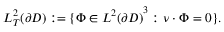
\begin{array} { r } { L _ { T } ^ { 2 } ( \partial D ) : = \{ \Phi \in { L ^ { 2 } ( \partial D ) } ^ { 3 } : \nu \cdot \Phi = 0 \} . } \end{array}